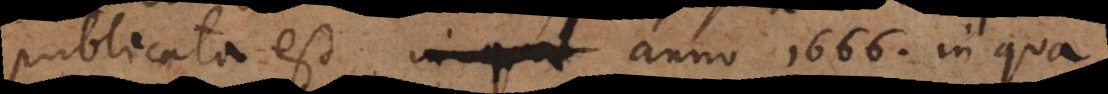
publicata est in qu anno 1666. in qua